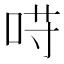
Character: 𱒰